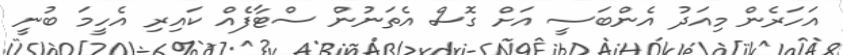
އަހަރެން މިއަދު އެންބަސީ އަށް ގޮސް އެތަނުން ސްޓާފެއް ކައިރި އެހީމަ ބުނީ